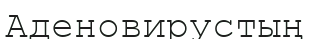
Аденовирустың